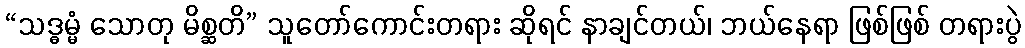
“သဒ္ဓမ္မံ သောတု မိစ္ဆတိ” သူတော်ကောင်းတရား ဆိုရင် နာချင်တယ်၊ ဘယ်နေရာ ဖြစ်ဖြစ် တရားပွဲ